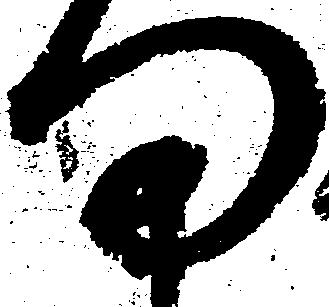
ま